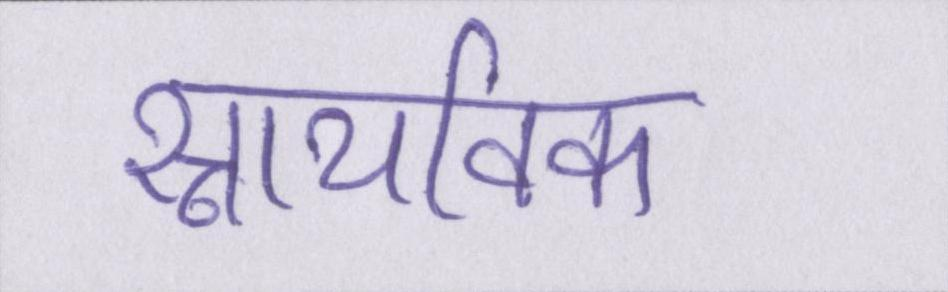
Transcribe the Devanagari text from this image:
स्नायविक